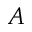
A